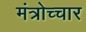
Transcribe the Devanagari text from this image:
मंत्रोच्‍चार